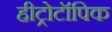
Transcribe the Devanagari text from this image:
हीट्रोटॉपिक